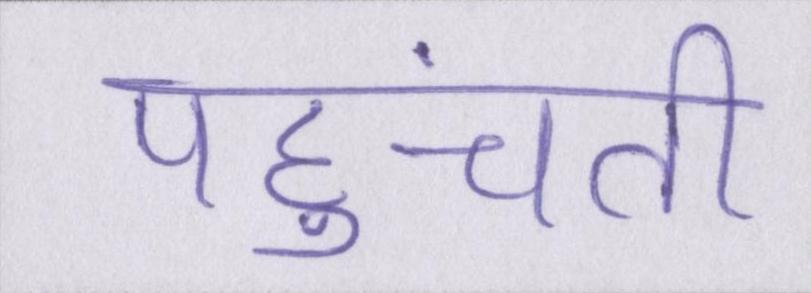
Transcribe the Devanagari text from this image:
पहुंचती